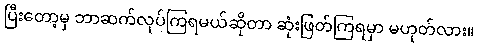
ပြီးတော့မှ ဘာဆက်လုပ်ကြရမယ်ဆိုတာ ဆုံးဖြတ်ကြရမှာ မဟုတ်လား။